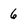
Character: 6